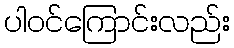
ပါဝင်ကြောင်းလည်း